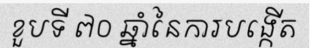
ខួបទី ៧០ ឆ្នាំនៃការបង្កើត